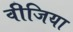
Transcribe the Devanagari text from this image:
वीजिया